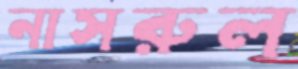
নাসরুল